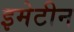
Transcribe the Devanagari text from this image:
इमेटीन